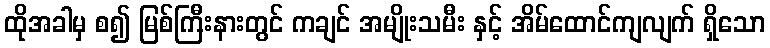
ထိုအခါမှ စ၍ မြစ်ကြီးနားတွင် ကချင် အမျိုးသမီး နှင့် အိမ်ထောင်ကျလျက် ရှိသော